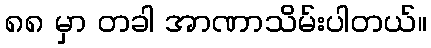
၈၈ မှာ တခါ အာဏာသိမ်းပါတယ်။